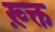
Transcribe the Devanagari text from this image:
ख़्क्त